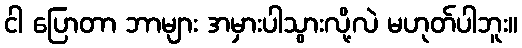
ငါ ပြောတာ ဘာများ အမှားပါသွားလို့လဲ မဟုတ်ပါဘူး။